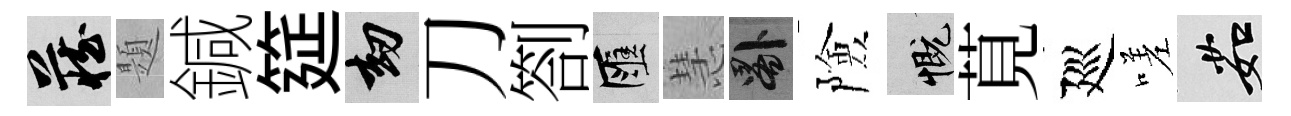
藏題鍼筵劫刀劄匯慧晷險慨莧廵嗟茹